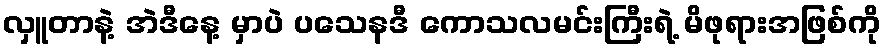
လှူတာနဲ့ အဲဒီနေ့ မှာပဲ ပသေနဒီ ကောသလမင်းကြီးရဲ့ မိဖုရားအဖြစ်ကို